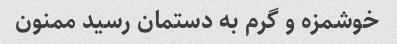
خوشمزه و گرم به دستمان رسید ممنون